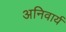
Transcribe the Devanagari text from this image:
अनिवार्य